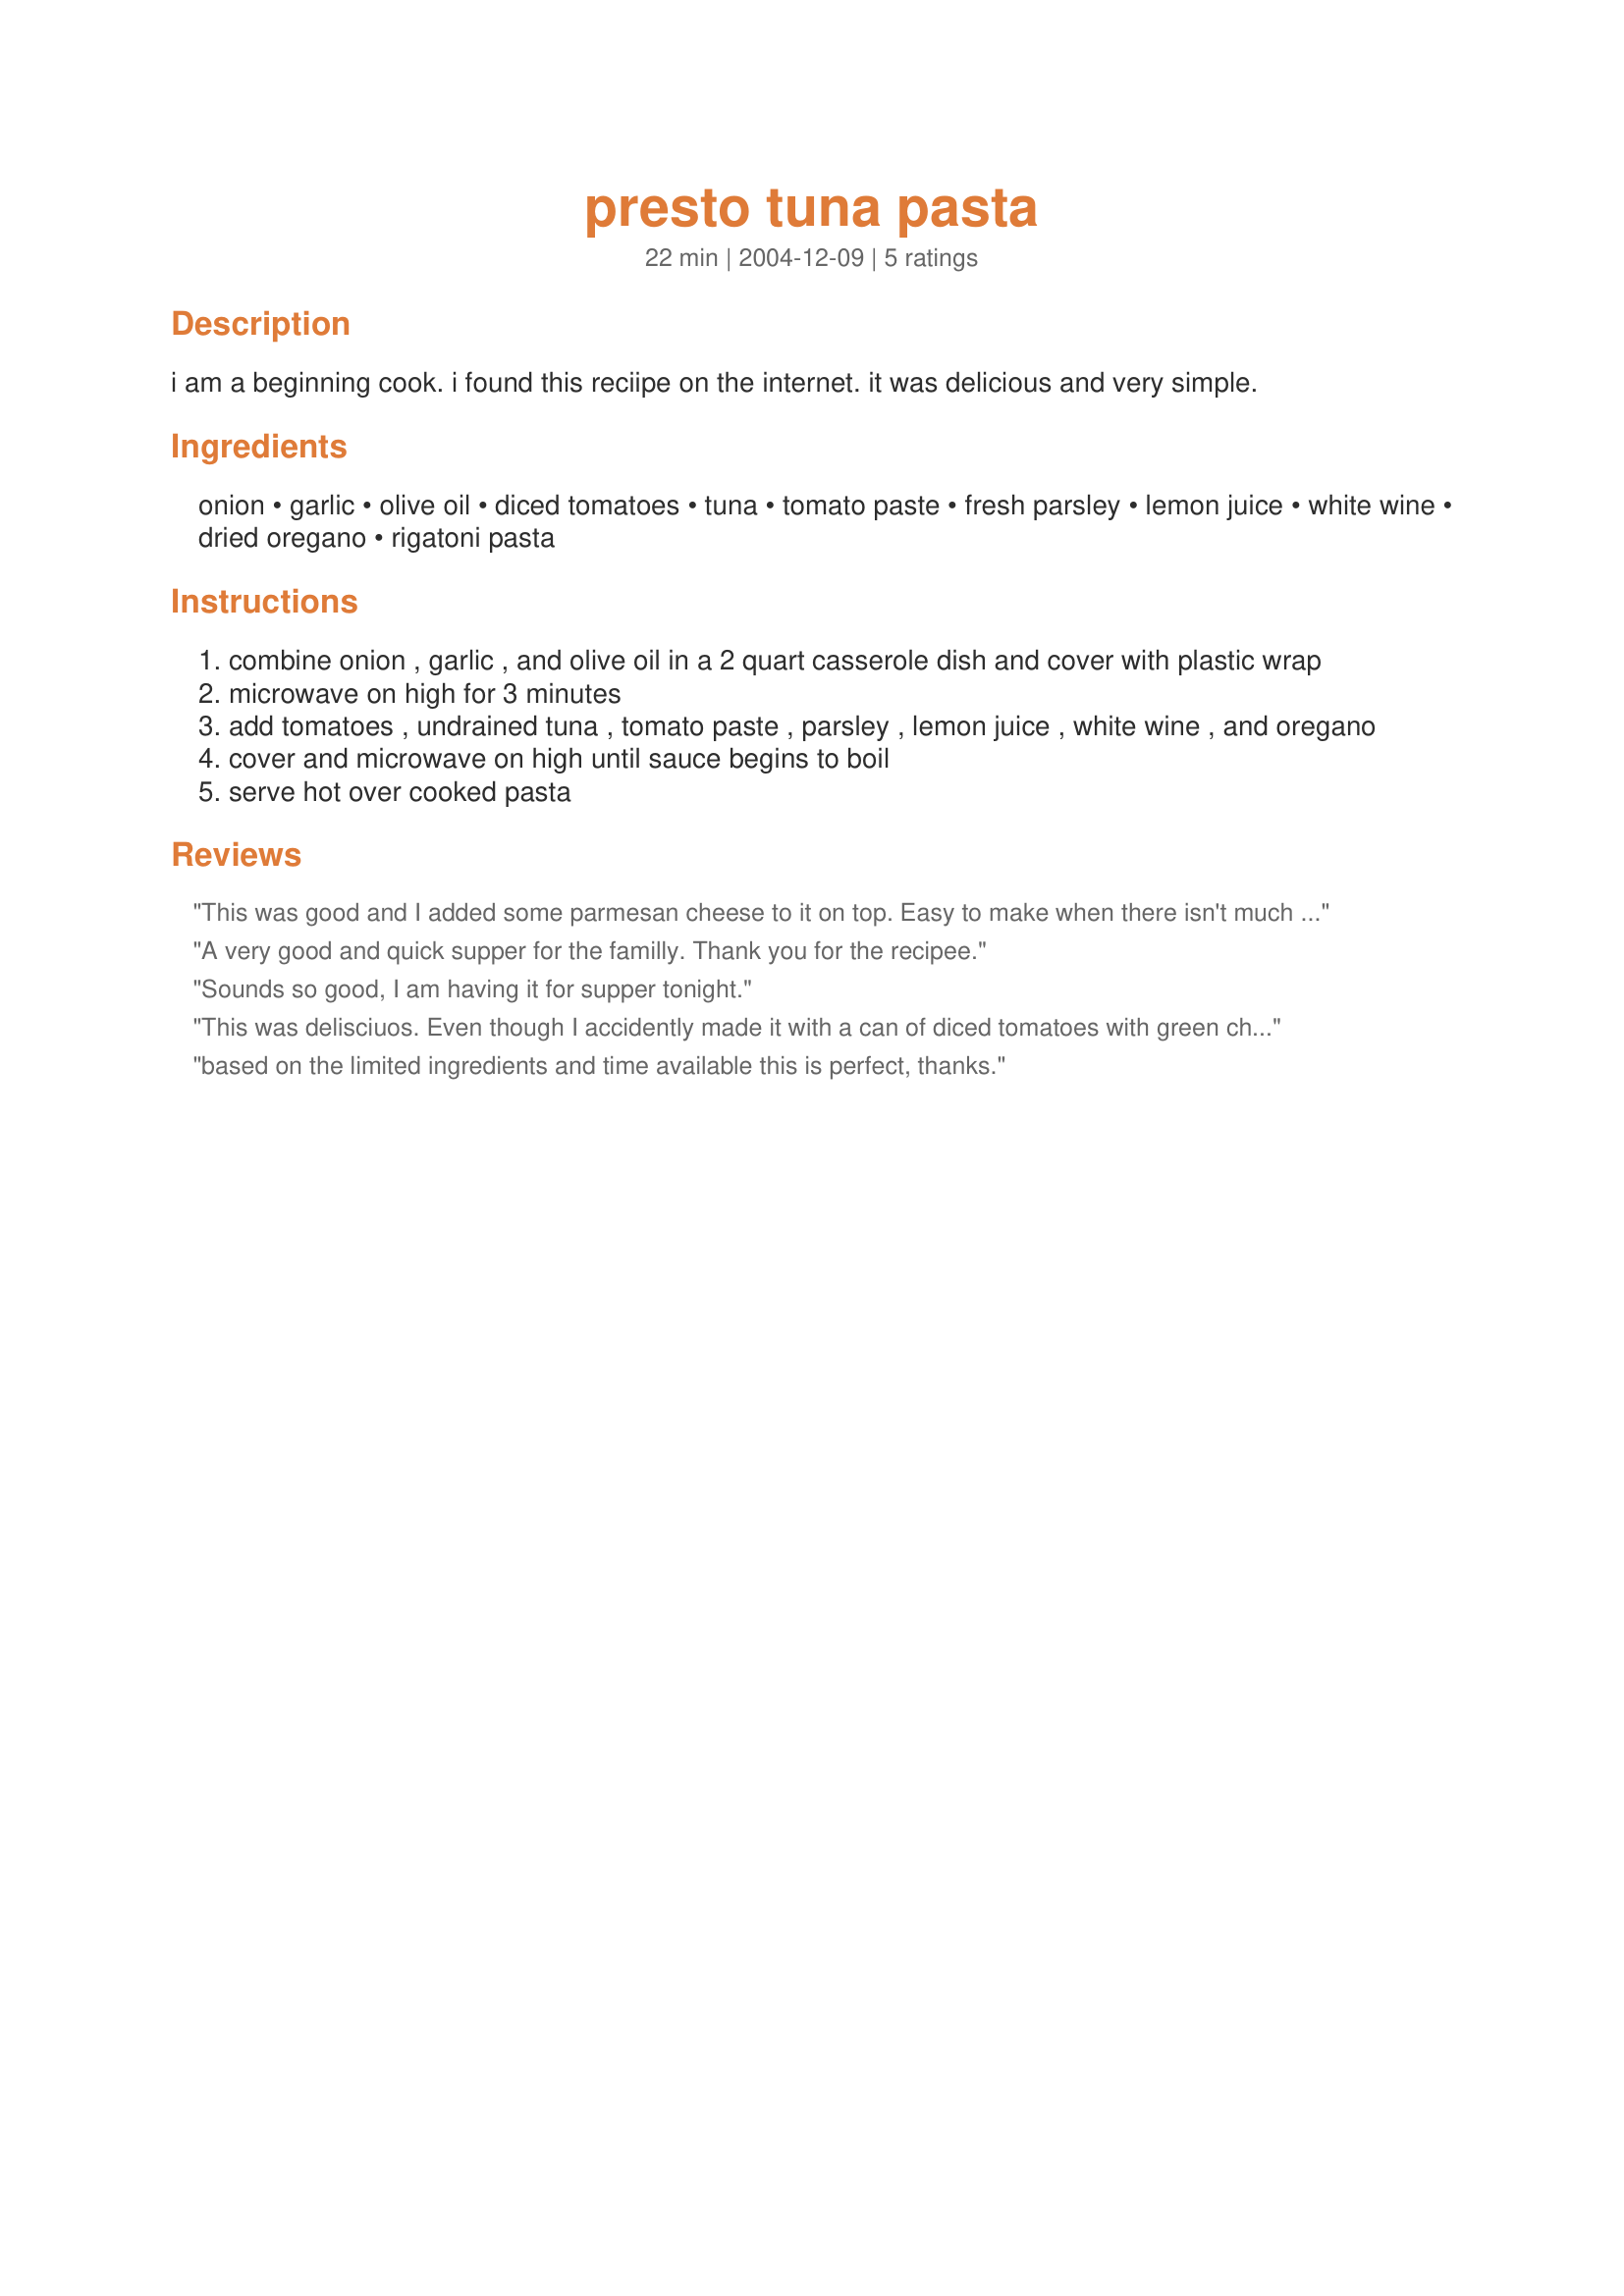
presto tuna pasta
Preparation time: 22 minutes

i am a beginning cook. i found this reciipe on the internet. it was delicious and very simple.

Ingredients:
onion, garlic, olive oil, diced tomatoes, tuna, tomato paste, fresh parsley, lemon juice, white wine, dried oregano, rigatoni pasta

Steps:
combine onion , garlic , and olive oil in a 2 quart casserole dish and cover with plastic wrap
microwave on high for 3 minutes
add tomatoes , undrained tuna , tomato paste , parsley , lemon juice , white wine , and oregano
cover and microwave on high until sauce begins to boil
serve hot over cooked pasta

Reviews:
This was good and I added some parmesan cheese to it on top. Easy to make when there isn't much in the cupboard. Thanks!
A very good and quick supper for the familly. Thank you for the recipee.
 Sounds so good, I am having it for supper tonight.
This was delisciuos. Even though I accidently made it with a can of diced tomatoes with green chillies, it still came out very good. Although, next time I will double the sauce recipe for my 5 member family.
based on the limited ingredients and time available this is perfect, thanks.
